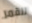
للقمر